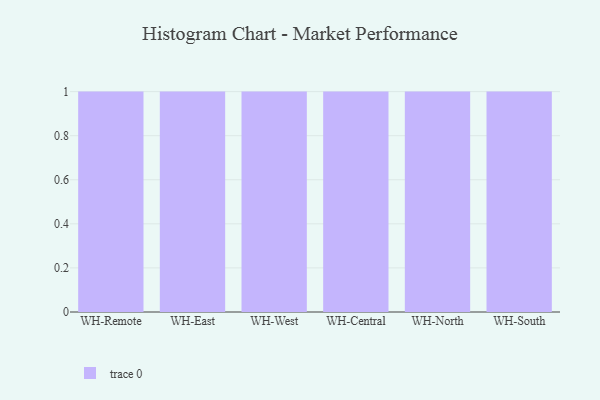
{"axis": {"x": "Warehouse", "y": "Waste Production (Tons)"}, "legend": [""], "data": [{"x": "WH-Remote", "y": 60, "type": ""}, {"x": "WH-East", "y": 67, "type": ""}, {"x": "WH-West", "y": 17, "type": ""}, {"x": "WH-Central", "y": 47, "type": ""}, {"x": "WH-North", "y": 100, "type": ""}, {"x": "WH-South", "y": 100, "type": ""}]}